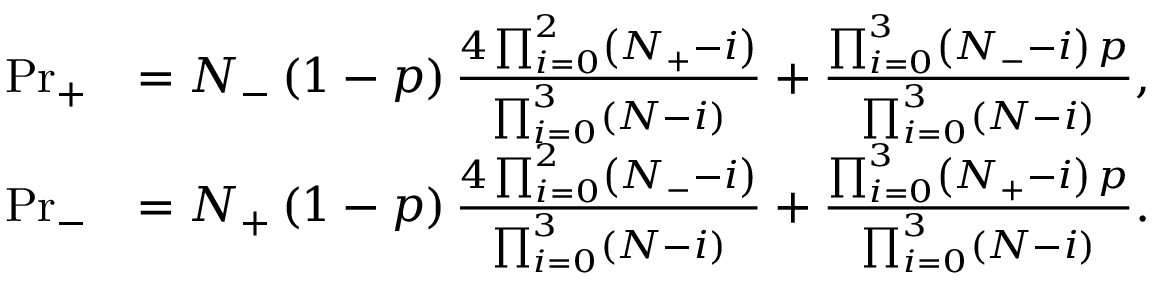
\begin{array} { r l } { \mathrm { P r } _ { + } } & { = N _ { - } \left( 1 - p \right) \frac { 4 \prod _ { i = 0 } ^ { 2 } \left( N _ { + } - i \right) } { \prod _ { i = 0 } ^ { 3 } \left( N - i \right) } + \frac { \prod _ { i = 0 } ^ { 3 } \left( N _ { - } - i \right) \, p } { \prod _ { i = 0 } ^ { 3 } \left( N - i \right) } , } \\ { \mathrm { P r } _ { - } } & { = N _ { + } \left( 1 - p \right) \frac { 4 \prod _ { i = 0 } ^ { 2 } \left( N _ { - } - i \right) } { \prod _ { i = 0 } ^ { 3 } \left( N - i \right) } + \frac { \prod _ { i = 0 } ^ { 3 } \left( N _ { + } - i \right) \, p } { \prod _ { i = 0 } ^ { 3 } \left( N - i \right) } . } \end{array}